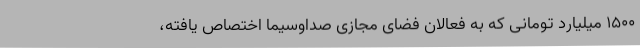
۱۵۰۰ میلیارد تومانی که به فعالان فضای مجازی صداوسیما اختصاص یافته،